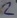
Text: 2